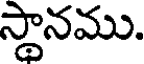
స్థానము.